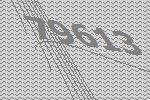
79613